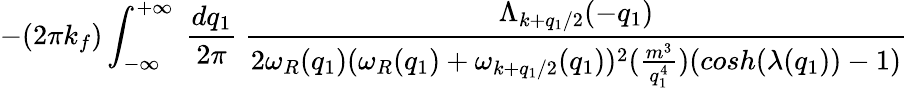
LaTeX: -(2\pi k_{f})\int_{-\infty}^{+\infty}\mathrm{~}\frac{dq_{1}}{2\pi}\mathrm{~}\frac{\Lambda_{k+q_{1}/2}(-q_{1})}{2\omega_{R}(q_{1})(\omega_{R}(q_{1})+\omega_{k+q_{1}/2}(q_{1}))^{2}(\frac{m^{3}}{q_{1}^{4}})(cosh(\lambda(q_{1}))-1)}